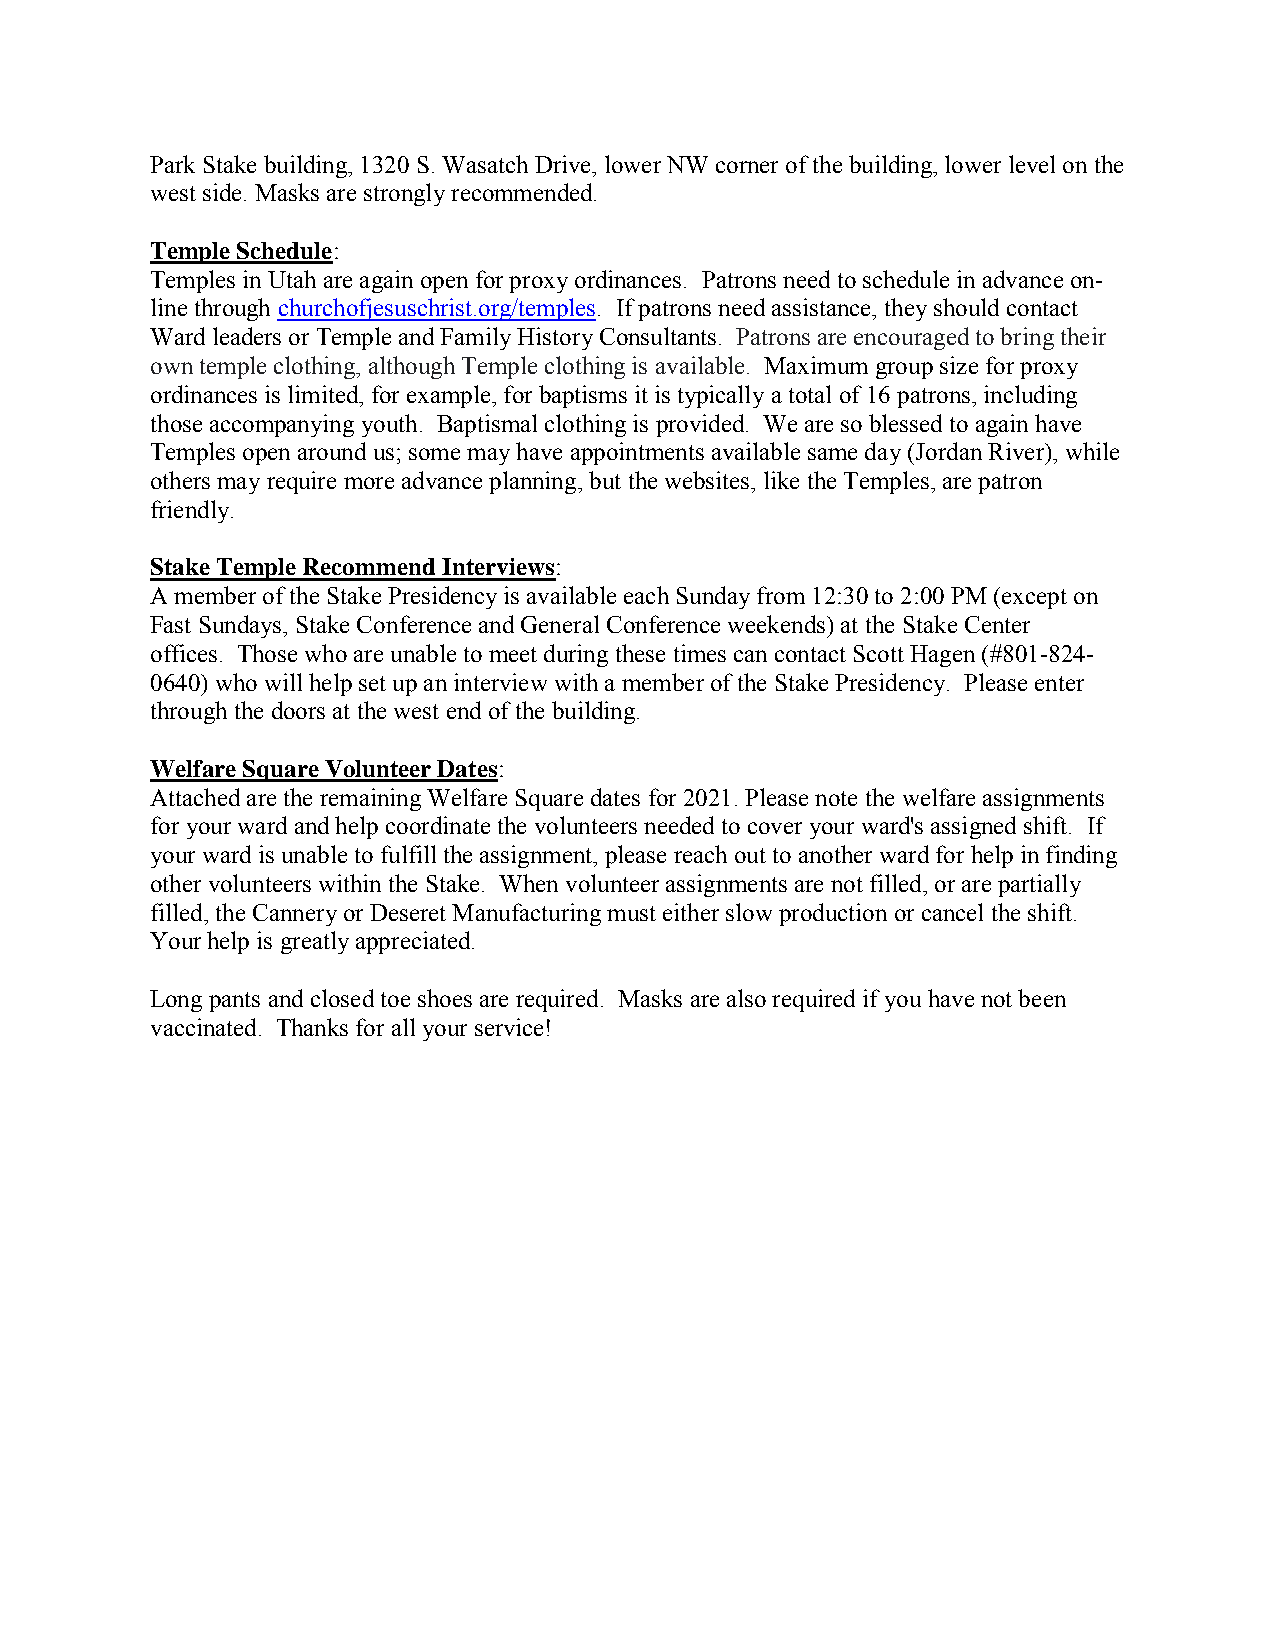
Park Stake building, 1320 S. Wasatch Drive, lower NW corner of the building, lower level on the
 west side. Masks are strongly recommended.
 Temple Schedule:
 Temples in Utah are again open for proxy ordinances. Patrons need to schedule in advance on-
 line through churchofjesuschrist.org/temples. If patrons need assistance, they should contact
 Ward leaders or Temple and Family History Consultants. Patrons are encouraged to bring their
 own temple clothing, although Temple clothing is available. Maximum group size for proxy
 ordinances is limited, for example, for baptisms it is typically a total of 16 patrons, including
 those accompanying youth. Baptismal clothing is provided. We are so blessed to again have
 Temples open around us; some may have appointments available same day (Jordan River), while
 others may require more advance planning, but the websites, like the Temples, are patron
 friendly.
 Stake Temple Recommend Interviews:
 A member of the Stake Presidency is available each Sunday from 12:30 to 2:00 PM (except on
 Fast Sundays, Stake Conference and General Conference weekends) at the Stake Center
 offices. Those who are unable to meet during these times can contact Scott Hagen (#801-824-
 0640) who will help set up an interview with a member of the Stake Presidency. Please enter
 through the doors at the west end of the building.
 Welfare Square Volunteer Dates:
 Attached are the remaining Welfare Square dates for 2021. Please note the welfare assignments
 for your ward and help coordinate the volunteers needed to cover your ward's assigned shift. If
 your ward is unable to fulfill the assignment, please reach out to another ward for help in finding
 other volunteers within the Stake. When volunteer assignments are not filled, or are partially
 filled, the Cannery or Deseret Manufacturing must either slow production or cancel the shift.
 Your help is greatly appreciated.
 Long pants and closed toe shoes are required. Masks are also required if you have not been
 vaccinated. Thanks for all your service!